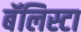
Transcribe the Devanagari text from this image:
बॅलिस्टा